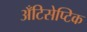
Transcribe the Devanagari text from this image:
अँटिसेप्टिक